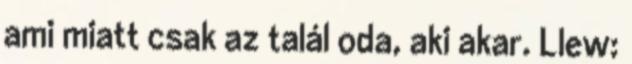
ami miatt csak az talál oda, aki akar. Llew: